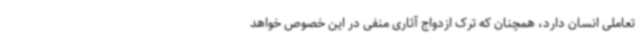
تعاملی انسان دارد، همچنان که ترک ازدواج آثاری منفی در این خصوص خواهد